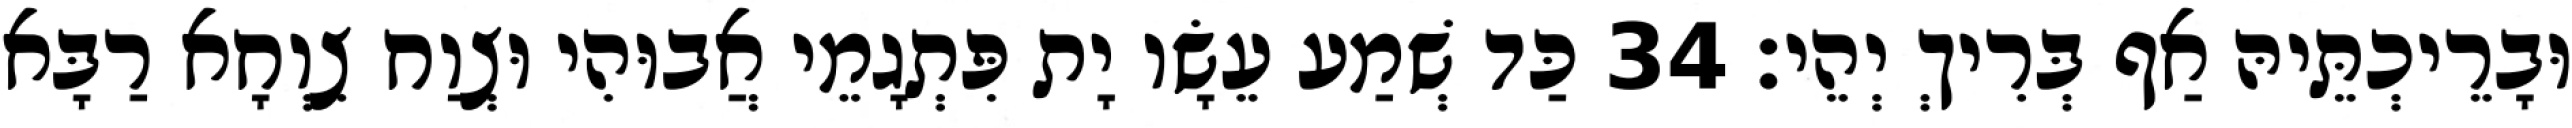
וּבָרֵיכְתֵּיהּ אַף בְּרִיךְ יְהֵי׃ 34 כַּד שְׁמַע עֵשָׂו יָת פִּתְגָמֵי אֲבוּהִי וּצְוַח צִוְחָא רַבָּא